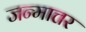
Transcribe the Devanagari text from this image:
जन्मात्तर